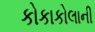
કોકાકોલાની